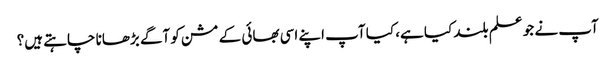
آپ نے جو علم بلند کیا ہے، کیا آپ اپنے اسی بھائی کے مشن کو آگے بڑھانا چاہتے ہیں؟